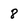
Character: 8